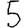
Digit: 5